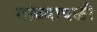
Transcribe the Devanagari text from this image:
तांब्यापळी